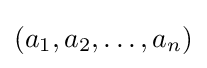
(a_{1},a_{2},\dots ,a_{n})